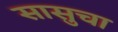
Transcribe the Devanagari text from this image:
सासुचा